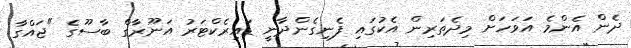
ދެން އެންމެ އަވަހަށް މިދެތަރިން އެކުގައި ފެނިގެންދާނީ ޑައިރެކްޓަރު އަނޫރާގް ބާސޫގެ "ޖައްގާ